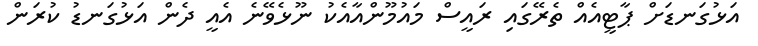
އަޅުގަނޑަށް ޕާޓީއެއް ތެރޭގައި ރައީސް މައުމޫންއާއެކު ނޫޅެވޭނެ އެއީ ދެން އަޅުގަނޑު ކުރަން